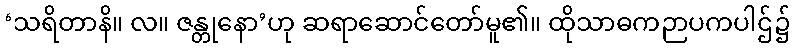
‘သရိတာနိ။ လ။ ဇန္တုနော’ဟု ဆရာဆောင်တော်မူ၏။ ထိုသာဓကဉာပကပါဌ်၌